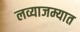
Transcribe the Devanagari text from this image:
लव्याजम्यात